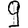
Digit: 9